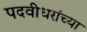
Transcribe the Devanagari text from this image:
पदवीधरांच्या